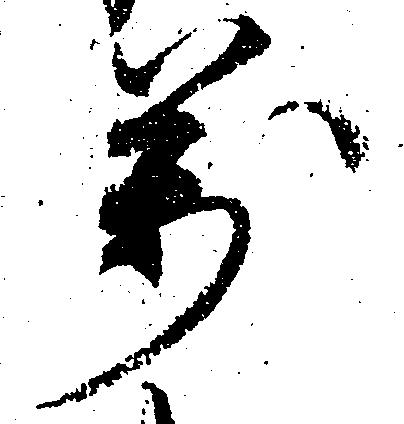
万